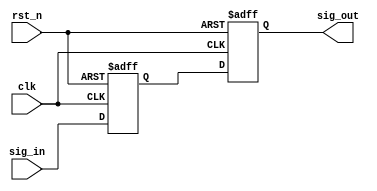
module dff_chain2 (
    output               sig_out    ,
    input                sig_in     ,

    input                clk        ,
    input                rst_n      

);
    reg                  sig_dff1;
    reg                  sig_dff2;

    // level 1
    always@(posedge clk or negedge rst_n) begin
        if (~rst_n)
            sig_dff1 <= 1'b0;
        else
            sig_dff1 <= sig_in;
    end

    // level 2
    always@(posedge clk or negedge rst_n) begin
        if (~rst_n)
            sig_dff2 <= 1'b0;
        else
            sig_dff2 <= sig_dff1;
    end

    assign sig_out = sig_dff2;

endmodule